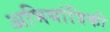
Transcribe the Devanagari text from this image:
अभियांत्रिकी